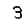
Digit: 3